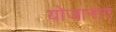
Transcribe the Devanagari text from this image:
योजानाएं